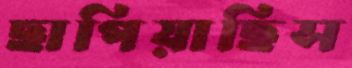
ছাপিয়াছিস